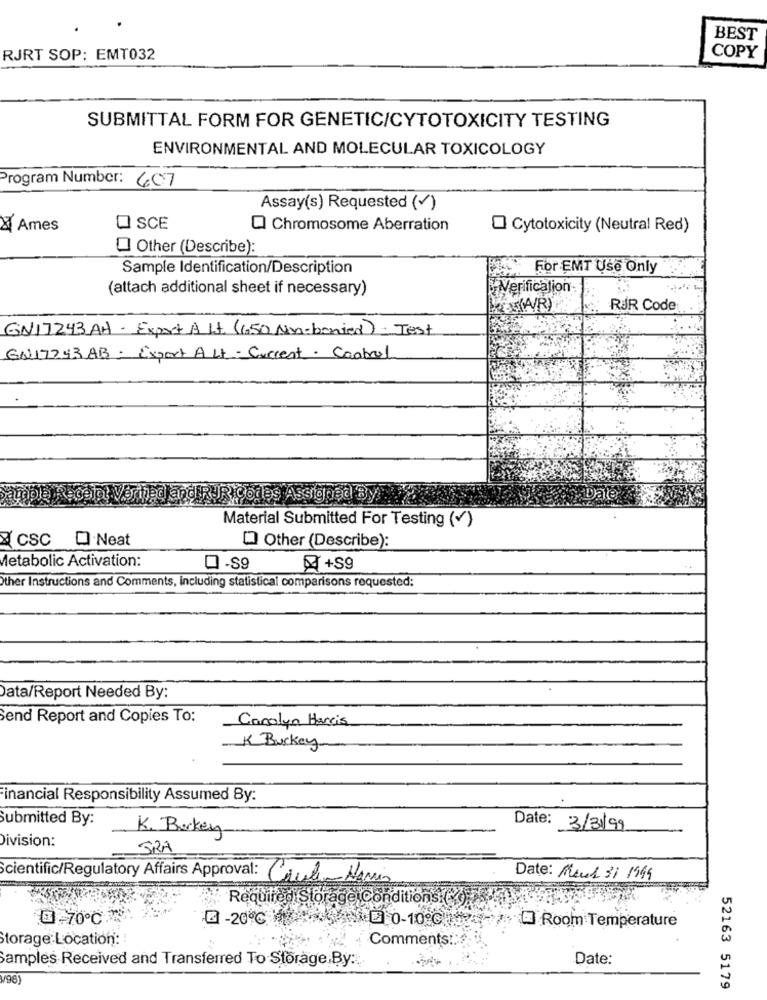
BEST
RJRT SOP: EMT032
COPY
SUBMITTAL FORM FOR GENETIC/CYTOTOXICITY TESTING
ENVIRONMENTAL AND MOLECULAR TOXICOLOGY
Program Number: 607
Assay(s) Requested (/)
X Ames
O SCE
Q Chromosome Aberration
O Cytotoxicity (Neutral Red)
Other (Describe):
Sample Identification/Description
For EMT Use Only
(attach additional sheet if necessary)
WVerification
RUR Code
GN17243 AH - Export B It. (150 Nn-bonied) Test
GN17743AB- Export ALt- Current. Cabral
Çodes Assıgnad By
Date
Material Submitted For Testing (+)
CSC
Q.Neat
[ Other (Describe):
Metabolic Activation:
0 -S9
+59
Other Instructions and Comments, Including statistical comparisons requested:
Data/Report Needed By:
Send Report and Copies To:
Carolyn Harris
K Buckey
inancial Responsibility Assumed By:
Submitted By:
K. Barkey
Date: 3/3/99
Division:
SRA
Scientific/Regulatory Affairs Approval: Cauli-Harris
Date: Maud 31 1949
Required Storage Conditions.()
3 -700℃
E -20℃ L 0-10 ℃!
Room Temperature
Storage:Location:
Comments!
Samples Received and Transferred To Storage,By :..
Date:
V96
52163 5179